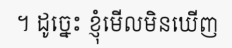
។ ដូច្នេះ ខ្ញុំមើលមិនឃើញ